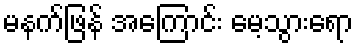
မနက်ဖြန် အကြောင်း မေ့သွားရော